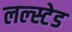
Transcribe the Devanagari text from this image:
लल्स्टेड